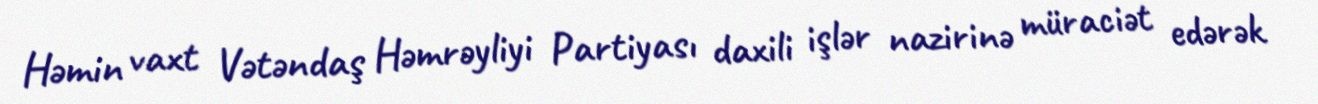
Həmin vaxt Vətəndaş Həmrəyliyi Partiyası daxili işlər nazirinə müraciət edərək